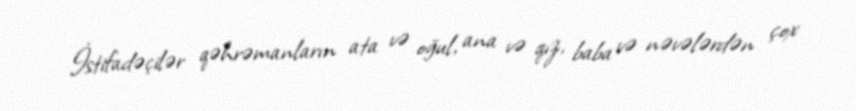
İstifadəçilər qəhrəmanların ata və oğul, ana və qız, baba və nəvələrdən çox